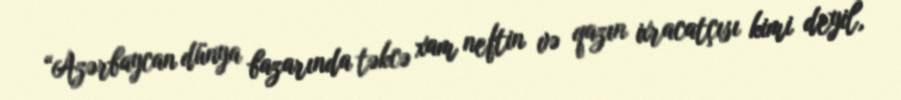
“Azərbaycan dünya bazarında təkcə xam neftin və qazın ixracatçısı kimi deyil,